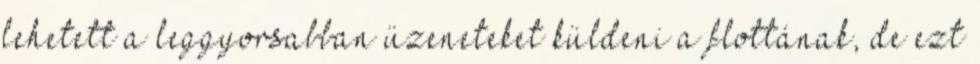
lehetett a leggyorsabban üzeneteket küldeni a flottának, de ezt